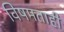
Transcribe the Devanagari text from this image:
विषमताही